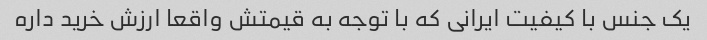
یک جنس با کیفیت ایرانی که با توجه به قیمتش واقعا ارزش خرید داره